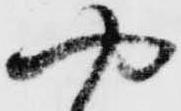
や